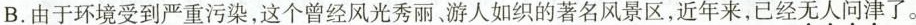
B.由于环境受到严重污染，这个曾经风光秀丽、游人如织的著名风景区，近年来，已经\underset{·}{无}\underset{·}{人}\underset{·}{问}\underset{·}{津}了。